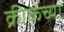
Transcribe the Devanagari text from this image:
क्रीकच्या